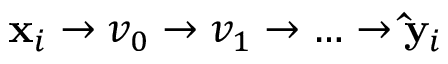
\mathbf { x } _ { i } \rightarrow v _ { 0 } \rightarrow v _ { 1 } \rightarrow \hdots \rightarrow \mathbf { \hat { y } } _ { i }